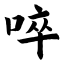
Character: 啐